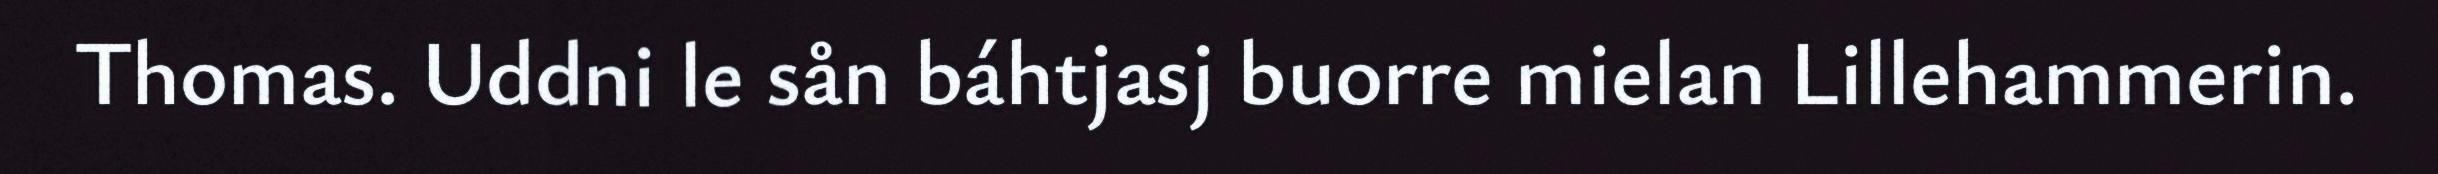
Thomas. Uddni le sån báhtjasj buorre mielan Lillehammerin.